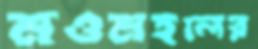
নওমহলের